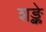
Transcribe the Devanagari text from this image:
शङ्के